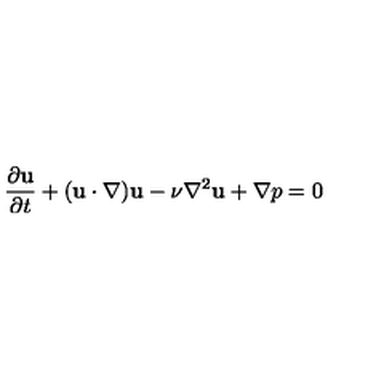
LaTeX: \frac { \partial { \bf u } } { \partial t } + ( { \bf u } \cdot \nabla ) { \bf u } - \nu \nabla ^ { 2 } { \bf u } + \nabla p = 0